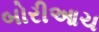
બોરીઆચ